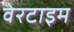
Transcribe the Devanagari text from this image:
वेरटाइम